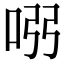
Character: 𠱳